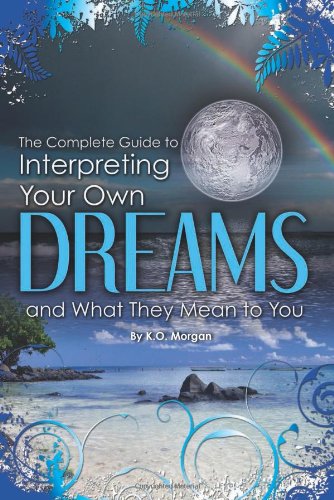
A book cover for The Complete Guide to Interpreting You Own Dreams and What They Mean to You; K O Morgan; Self-Help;